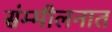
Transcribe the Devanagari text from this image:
संम्मीलनात